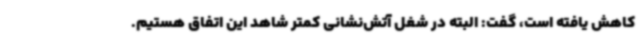
کاهش یافته است، گفت: البته در شغل آتش‌نشانی کمتر شاهد این اتفاق هستیم.